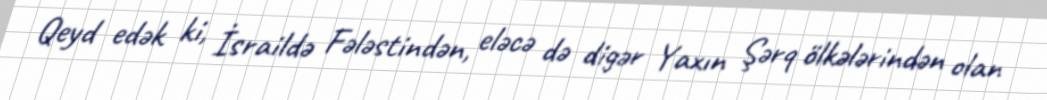
Qeyd edək ki, İsraildə Fələstindən, eləcə də digər Yaxın Şərq ölkələrindən olan